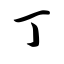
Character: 丁